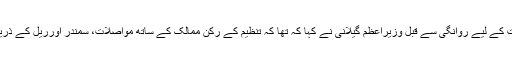
سترویں سارک سربراہی اجلاس میں شرکت کے لیے روانگی سے قبل وزیراعظم گیلانی نے کہا کہ تھا کہ تنظیم کے رکن ممالک کے ساتھ مواصلات، سمندر اورریل کے ذریعے تجارت کو فروغ دینے پر بات ہو گی۔